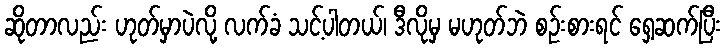
ဆိုတာလည်း ဟုတ်မှာပဲလို့ လက်ခံ သင့်ပါတယ်၊ ဒီလိုမှ မဟုတ်ဘဲ စဉ်းစားရင် ရှေ့ဆက်ပြီး